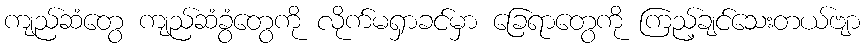
ကျည်ဆံတွေ ကျည်ဆံခွံတွေကို လိုက်မရှာခင်မှာ ခြေရာတွေကို ကြည့်ချင်သေးတယ်ဗျာ